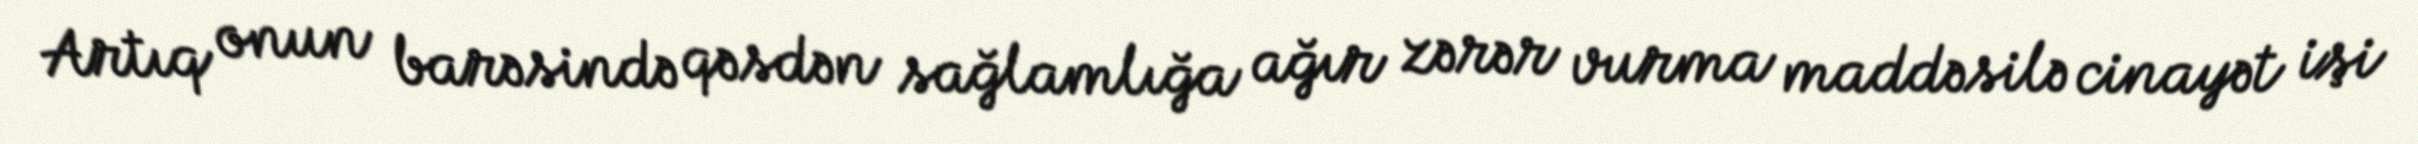
Artıq onun barəsində qəsdən sağlamlığa ağır zərər vurma maddəsilə cinayət işi